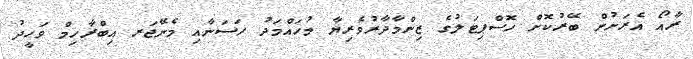
ރާއޯ އެރަށުން ބޭރުކޮށް ހޮސްޕިޓަލުގެ ޒިންމާދާރުވެރިޔާ މުހައްމަދު ހަސަނާއި މެނޭޖަރ އިބްރާހިމް ވަހީދު